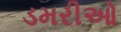
ડમરીઓ